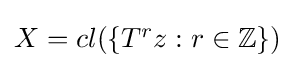
{\textstyle X=cl(\{T^{r}z:r\in \mathbb {Z} \})}